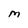
Character: M